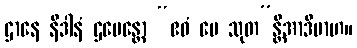
ဌာနေ နိဒါနံ ဌပေန္တော “ဧဝံ မေ သုတ”န္တိအာဒိမာဟ။